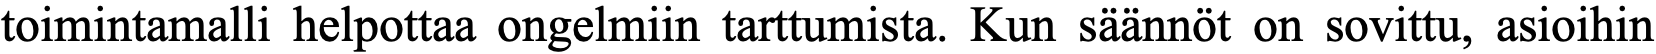
toimintamalli helpottaa ongelmiin tarttumista. Kun säännöt on sovittu, asioihin